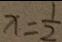
x = \frac { 1 } { 2 }